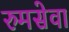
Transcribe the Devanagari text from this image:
रुमसेवा